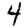
Digit: 4